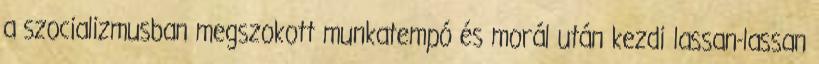
a szocializmusban megszokott munkatempó és morál után kezdi lassan-lassan